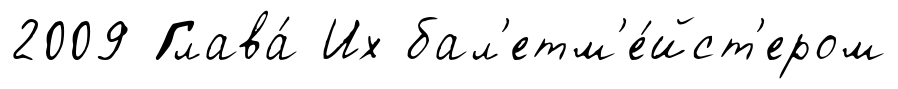
2009 Глава́ Их бал'етм'е́йст'ером